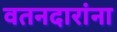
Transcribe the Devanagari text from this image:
वतनदारांना